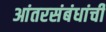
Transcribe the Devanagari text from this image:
आंतरसंबंधांची